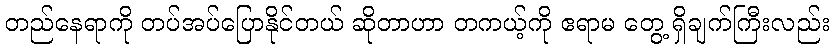
တည်နေရာကို တပ်အပ်ပြောနိုင်တယ် ဆိုတာဟာ တကယ့်ကို ဧရာမ တွေ့ ရှိချက်ကြီးလည်း